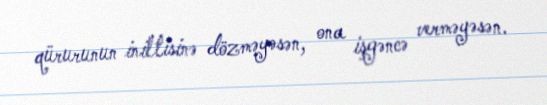
qürurunun iniltisinə dözməyəsən, ona işgəncə verməyəsən.